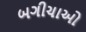
બગીચાઓ